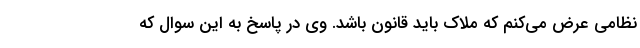
نظامی عرض می‌کنم که ملاک باید قانون باشد. وی در پاسخ به این سوال که